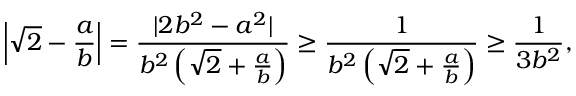
\left| { \sqrt { 2 } } - { \frac { a } { b } } \right| = { \frac { | 2 b ^ { 2 } - a ^ { 2 } | } { b ^ { 2 } \left( { \sqrt { 2 } } + { \frac { a } { b } } \right) } } \geq { \frac { 1 } { b ^ { 2 } \left( { \sqrt { 2 } } + { \frac { a } { b } } \right) } } \geq { \frac { 1 } { 3 b ^ { 2 } } } ,